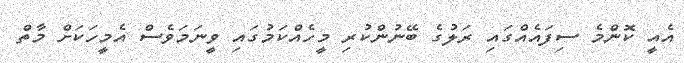
އެއީ ކޮންމެ ސިފައެއްގައި ރަލުގެ ބޭނުންކުރި މީހެއްކަމުގައި ވީނަމަވެސް އެމީހަކަށް މާތް